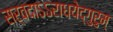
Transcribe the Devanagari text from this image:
सर्वदाऽऽराधयेद्गुरुम्